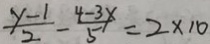
\frac { y - 1 } { 2 } - \frac { 4 - 3 x } { 5 } = 2 \times 1 0